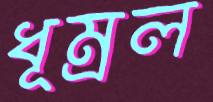
ধূম্রল